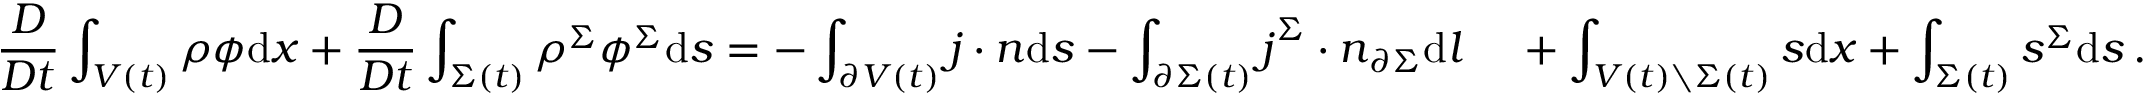
\frac { D } { D t } \int _ { V ( t ) } \rho \phi \mathrm { d } \boldsymbol { x } + \frac { D } { D t } \int _ { \Sigma ( t ) } \rho ^ { \Sigma } \phi ^ { \Sigma } \mathrm { d } s = - \int _ { \partial V ( t ) } \boldsymbol { j } \cdot \boldsymbol { n } \mathrm { d } s - \int _ { \partial \Sigma ( t ) } \boldsymbol { j } ^ { \Sigma } \cdot \boldsymbol { n } _ { \partial \Sigma } \mathrm { d } l \quad \, + \int _ { V ( t ) \setminus \Sigma ( t ) } s \mathrm { d } \boldsymbol { x } + \int _ { \Sigma ( t ) } s ^ { \Sigma } \mathrm { d } s \, .